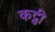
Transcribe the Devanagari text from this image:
कट्वी